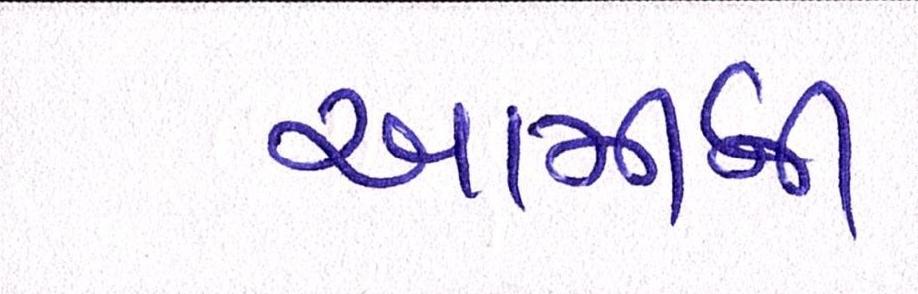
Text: આર્મીની